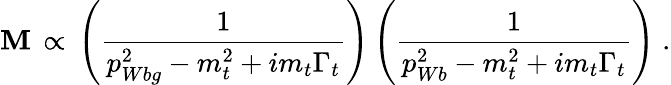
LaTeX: {\cal{\mathbf{M}}}\, \propto\, \left({\frac{{1}}{{p_{Wbg}^{2}-m_{t}^{2}+im_{t}\Gamma_{t}}}}\right)\left({\frac{{1}}{{p_{Wb}^{2}-m_{t}^{2}+im_{t}\Gamma_{t}}}}\right)\; .